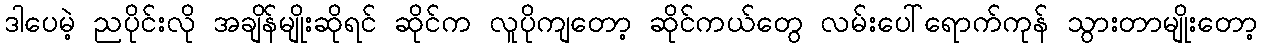
ဒါပေမဲ့ ညပိုင်းလို အချိန်မျိုးဆိုရင် ဆိုင်က လူပိုကျတော့ ဆိုင်ကယ်တွေ လမ်းပေါ်ရောက်ကုန် သွားတာမျိုးတော့